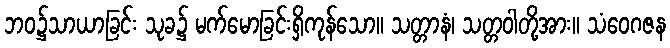
ဘဝ၌သာယာခြင်း သုခ၌ မက်မောခြင်းရှိကုန်သော။ သတ္တာနံ၊ သတ္တဝါတို့အား။ သံဝေဂဇန